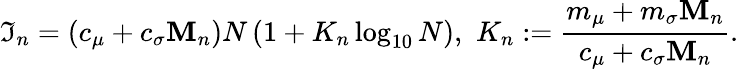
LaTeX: \mathfrak{I}_{n}=(c_{\mu}+c_{\sigma}\mathbf{M}_{n})N\left(1+K_{n}\log_{10}N\right),\, \, K_{n}:=\frac{{m_{\mu}+m_{\sigma}\mathbf{M}_{n}}}{{c_{\mu}+c_{\sigma}\mathbf{M}_{n}}}.